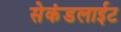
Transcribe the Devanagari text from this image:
सेकंडलाईट